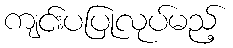
ကျင်းပပြုလုပ်မည့်